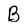
Character: B